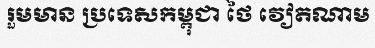
រួមមាន ប្រទេសកម្ពុជា ថៃ វៀតណាម